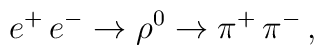
e^{+}\, e^{-} \rightarrow \rho^{0} \rightarrow\pi^{+}\, \pi^{-} \, ,